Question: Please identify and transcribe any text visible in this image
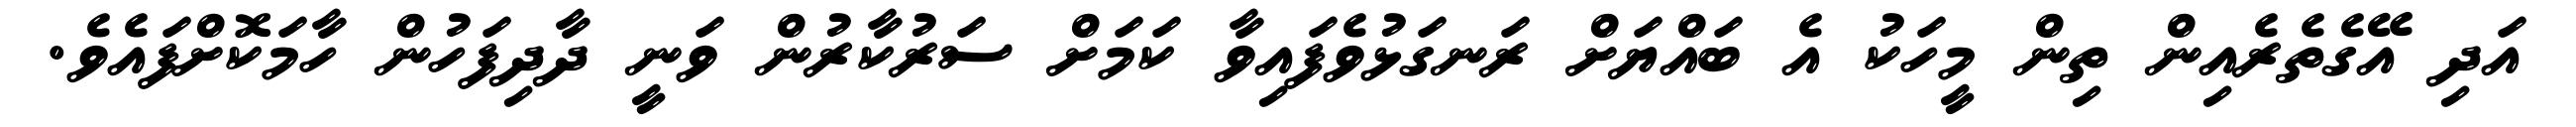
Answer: އަދި އޭގެތެރެއިން ތިން މީހަކު އެ ބައްޔަށް ރަނގަޅުވެފައިވާ ކަމަށް ސަރުކާރުން ވަނީ ދާދިފަހުން ހާމަކޮށްފައެވެ.